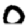
Digit: 0